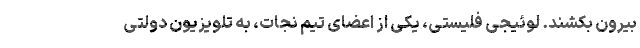
بیرون بکشند. لوئیجی فلیستی، یکی از اعضای تیم نجات، به تلویزیون دولتی